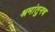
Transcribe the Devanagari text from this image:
श्रमांतुनच